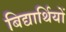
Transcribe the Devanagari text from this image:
बिद्यार्थियों